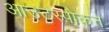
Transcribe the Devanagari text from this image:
आउटस्पोकन